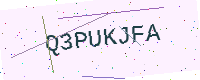
Text: Q3PUKJFA